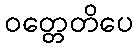
ဝတ္တေတိပေ